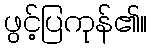
ဖွင့်ပြကုန်၏။